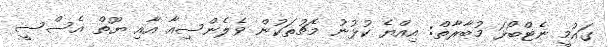
ގައުމީ ނެޓްބޯޅަ މުބާރާތް: އިއްޔެ ކުޅުނު މެޗުތަކުން ވެލެންސިއާ އާއި ޔޫތް އެސްސީ